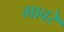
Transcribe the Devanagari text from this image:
मावरे